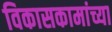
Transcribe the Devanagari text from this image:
विकासकामांच्या